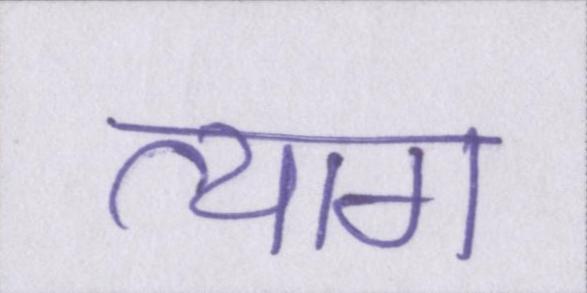
त्याग